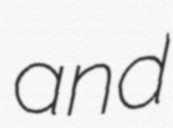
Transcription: and